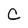
Character: C